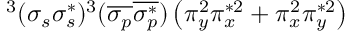
^ 3 ( \sigma _ { s } \sigma _ { s } ^ { * } ) ^ { 3 } ( \overline { { \sigma _ { p } } } \overline { { \sigma _ { p } ^ { * } } } ) \left( \pi _ { y } ^ { 2 } \pi _ { x } ^ { * 2 } + \pi _ { x } ^ { 2 } \pi _ { y } ^ { * 2 } \right)